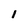
Character: l